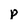
Character: p